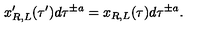
x _ { R , L } ^ { \prime } ( \tau ^ { \prime } ) d \tau ^ { \pm a } = x _ { R , L } ( \tau ) d \tau ^ { \pm a } .